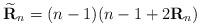
LaTeX: \begin{align*}\widetilde{\mathbf{R}}_{n} = (n-1)(n-1 + 2\mathbf{R}_{n})\end{align*}